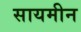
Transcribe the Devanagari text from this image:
सायमीन